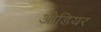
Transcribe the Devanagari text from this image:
ओडियर